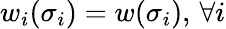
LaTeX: w_{i}(\sigma_{i})=w(\sigma_{i}),\, \forall i